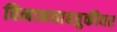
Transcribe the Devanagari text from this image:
विमानवाहतुकीवर